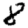
Digit: 8